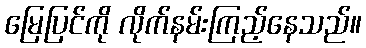
မြေပြင်ကို လိုက်နမ်းကြည့်နေသည်။